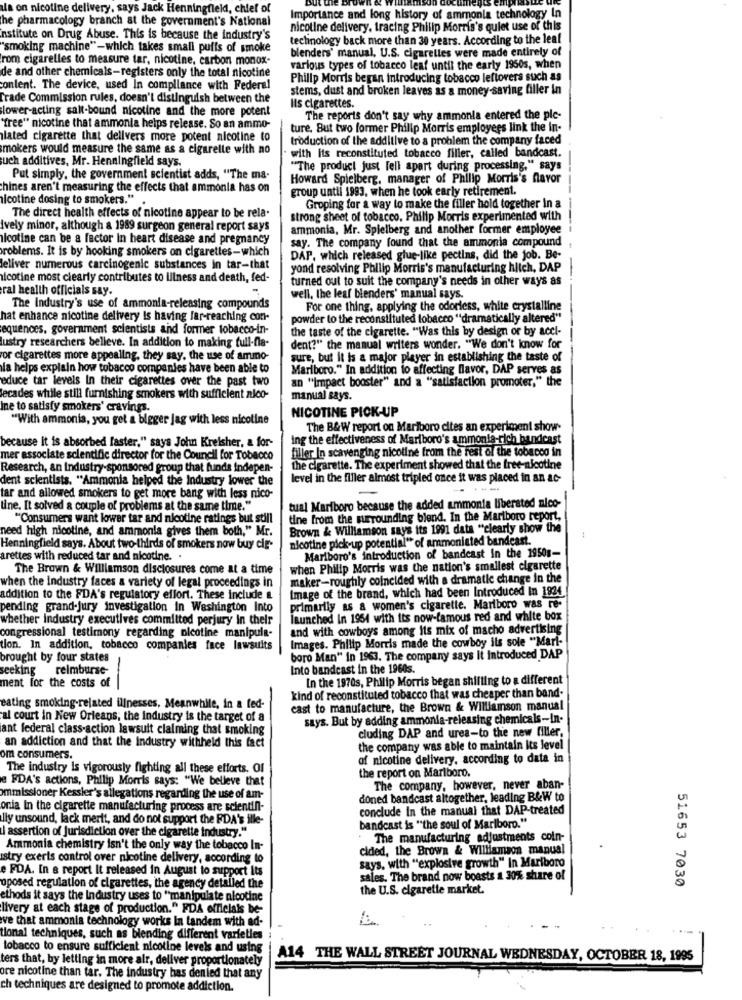
la on nicotine delivery. says Jack Henningfield, chief of
Importance and long history of ammonia technology In
he pharmacology branch at the government's National
nicotine delivery, tracing Philip Morris's quiet use of this
institute on Drug Abuse. This is because the industry's
technology back more than 30 years. According to the leal
"smoking machine"-which takes small puffs of smoke
blenders" manual, U.S. cigarelles were made entirely of
rom cigarelles to measure tar, nicotine, carbon monox-
various types of tobacco leaf until the early 1950s, when
de and other chemicals-registers only the total nicotine
Philip Morris began introducing tobacco leftovers such as
content. The device, used In compliance with Federal
stems, dust and broken leaves as a money-saving filler in
Trade Commission rules, doesn't distinguish between the
lower-acting salt-bound nicotine and the more potent
Ils cigarettes.
The reports don't say why ammonia entered the plc-
'free" nicotine that ammonia helps release. So an ammo-
ture. But two former Philip Morris employees link the in-
lated cigarette that delivers more potent nicotine to
troduction of the additive to a problem the company faced
mokers would measure the same as a cigarelle with no
uch additives, Mr. Henningfield says.
with its reconstituted tobacco filler, called bandcast.
"The product just fell apart during processing," says
Put simply, the government scientist adds, "The ma-
Howard Spielberg, manager of Philip Morris's flavor
chines aren't measuring the effects that ammonia has on
group until 1993. when he took early retirement.
nicotine dosing to smokers."
Groping for a way to make the filler hold together in a
The direct health effects of nicotine appear to be rela.
strong sheet of tobacco. Philip Morris experimented with
Ively minor, although & 1989 surgeon general report says
ammonia, Mr. Spielberg and another former employee
nicotine can be a factor In heart disease and pregnancy
say. The company found that the ammonia compound
problems. It is by hooking smokers on cigarettes-which
DAP, which released glue-like pectins, did the job. Be-
eliver numerous carcinogenic substances in tar-that
yond resolving Philip Morris's manufacturing hitch, DAP
nicotine most clearly contributes to illness and death, fed-
turned out to suit the company's needs in other ways as
ral health officials say.
well, the leaf blenders' manual says.
The Industry's use of ammonia-releasing compounds
For one thing, applying the odorless, white crystalline
hat enhance nicotine delivery Is having far-reaching con-
powder to the reconstituted tobacco "dramatically altered"
equences. government scientists and former tobacco-in-
the taste of the cigarette. "Was this by design or by acel-
lustry researchers believe. In addition to making full-fla-
dent?" the manual writers wonder. "We don't know for
for cigarettes more appealing, they say, the use of ammo-
sure, but it is a major player in establishing the taste of
la helps explain how tobacco companies have been able to
Marlboro." In addition to affecting flavor, DAP serves as
educe tar levels In their cigarettes over the past two
an "Impact booster" and a "satisfaction promoter," the
lecades while still furnishing smokers with sufficient nico-
manual says.
Ine to satisfy smokers' cravings.
NICOTINE PICK-UP
"With ammonia, you get a bigger jag with less nicoline
The B&W report on Marlboro cites an experiment show-
ing the effectiveness of Marlboro's ammonia-rich bandcast
because it is absorbed faster," says John Kreisher, a for-
filler In scavenging nicotine from the rest of the tobacco in
mer associate scientific director for the Council for Tobacco
Research, an Industry-sponsored group that funds Indepen-
the cigarette. The experiment showed that the free-nicotine
dent scientists. "Ammonia helped the Industry lower the
level in the filler almost tripled once it was placed in an ac-
tar and allowed smokers to get more bang with less nico-
tine. It solved a couple of problems at the same time."
tual Marlboro because the added ammonta liberated nico-
"Consumers want lower tar and nicotine ratings but still
tine from the surrounding blend. In the Marlboro report,
need high nicotine, and ammonia gives them both," Mr.
Brown & Williamson says its 1991 data "clearly show the
nicotine pick-up potential" of ammoniated bandcast.
Henningfield says. About two-thirds of smokers now buy cig-
Marlboro's introduction of bandcast in the 1950g-
arettes with reduced tar and nicotine. .
The Brown & Williamson disclosures come at a time
when Philip Morris was the nation's smallest cigarette
maker-roughly coincided with a dramatic change in the
when the Industry faces a variety of legal proceedings in
Image of the brand, which had been Introduced In 1924
addition to the FDA's regulatory effort. These include &
pending grand-jury investigation In Washington Into
primarily as a women's cigarette. Marlboro was re-
whether industry executives committed perjury In their
launched In 1954 with its now-famous red and white box
and with cowboys among Its mix of macho advertising
congressional testimony regarding nicotine manipula-
Images. Philip Morris made the cowboy ils sole "Marf-
tion. In addition, tobacco companies face lawsuits
brought by four states
boro Man" in 1963. The company says It Introduced DAP
seeking
reimburse-
Into bandcast in the 1960s.
ment for the costs of
In the 1970s, Philip Morris began shilling to a different
kind of reconstituted tobacco that was cheaper than band.
eating smoking-related illnesses, Meanwhile, in a ted-
cast to manufacture, the Brown & Williamson manual
al court in New Orleans, the industry is the target of a
says. But by adding ammonia-releasing chemicals-In-
ant federal class-action lawsuit claiming that smoking
cluding DAP and urea-to the new filler,
an addiction and that the Industry withheld this fact
the company was able to maintain Its level
om consumers.
of nicotine delivery, according to data in
The industry is vigorously fighting all these efforts. Of
e FDA's actions, Philip Morris says: "We believe that
the report on Marlboro.
The company, however, never aban-
ommissioner Kessler's allegations regarding the use of am-
doned bandcast altogether, leading B&W to
onia In the cigarette manufacturing process are scientin-
conclude In the manual that DAP-treated
lly unsound, lack merit, and do not support the FDA's ille-
assertion of Jurisdiction over the cigarette industry."
bandcast is "the soul of Marlboro."
. The manufacturing adjustments coin-
Ammonia chemistry isn't the only way the tobacco In-
cided, the Brown & Williamson manual
istry exerts control over nicotine delivery, according to
e FDA. In a report It released in August to support its
says. with "explosive growth" In Marlboro
sales. The brand now boasts a 30% share of
51653 7030
oposed regulation of cigarettes, the agency detalled the
the U.S. cigarette market.
ethods it says the Industry uses to "manipulate nicotine
livery at each stage of production." FDA officials be-
ve that ammonia technology works In tandem with ad-
tional techniques, such as blending different varieties
tobacco to ensure sufficient nicotine levels and using
ters that, by letting in more air, deliver proportionately
A14 THE WALL STREET JOURNAL WEDNESDAY, OCTOBER 18, 1995
ore nicotine than tar. The industry has denied that any
ch techniques are designed to promote addiction.